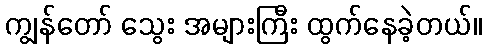
ကျွန်တော် သွေး အများကြီး ထွက်နေခဲ့တယ်။